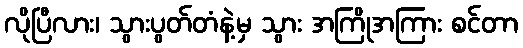
လိုပြီလား၊ သွားပွတ်တံနဲ့မှ သွား အကြိုအကြား စင်တာ